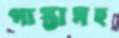
পাস্তাসহ